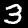
Digit: 3